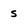
Character: s